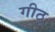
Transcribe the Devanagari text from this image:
गीठ